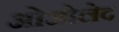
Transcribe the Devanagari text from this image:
ओओलेद